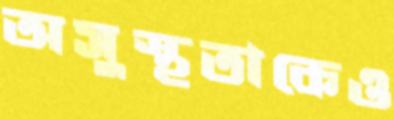
অসুস্থতাকেও